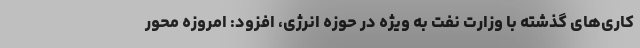
کاری‌های گذشته با وزارت نفت به ویژه در حوزه انرژی، افزود: امروزه محور